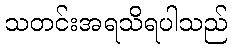
သတင်းအရသိရပါသည်